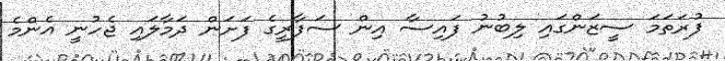
ފުރަތަމަ ސީޒަންގައި ލިބުނު ފައިސާ އިން ސަފާރީގެ ފަށަން ދަމާލައި ޖެހުނީ އެންމެ